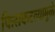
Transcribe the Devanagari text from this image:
फिसकटल्यामुळे